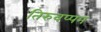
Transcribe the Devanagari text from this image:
तिरुवप्पन